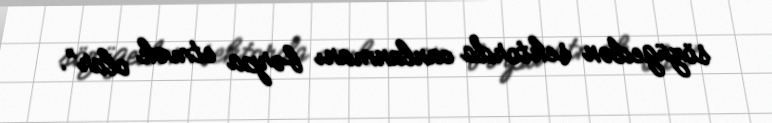
sözügedən sektorda canlanmanı bərpa etmək olar”.